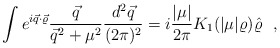
\begin{align*}\int e^{i\vec q\cdot\vec \varrho} \frac{\vec q} {\vec q ^2 + \mu ^2} \frac{d^2\vec q}{(2\pi)^2} = i\frac{|\mu|}{2\pi} K_1(|\mu|\varrho)\hat\varrho ~~,\end{align*}